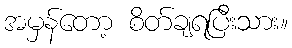
အမှန်တော့ စိတ်ချရပြီးသား။